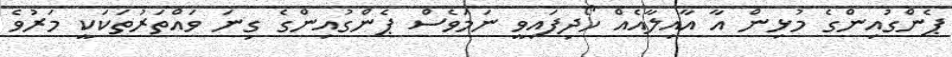
ޕެންގުއިންގެ މުޅިން އާ އާއިލާއެއް ހޯދިފައިވީ ނަމަވެސް ޕެންގުއިންގެ ގިނަ ވައްތަރުތަކަކީ މަރުވެ